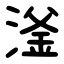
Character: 滏